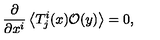
\frac { \partial } { \partial x ^ { i } } \left\langle T _ { j } ^ { i } ( x ) \mathcal { O } ( y ) \right\rangle = 0 ,